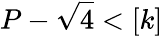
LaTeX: P-\sqrt{4}<[k]